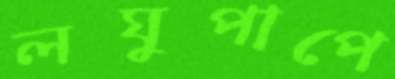
লঘুপাপে